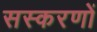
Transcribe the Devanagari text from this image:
सस्करणों